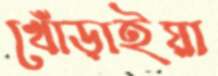
খোঁড়াইয়া